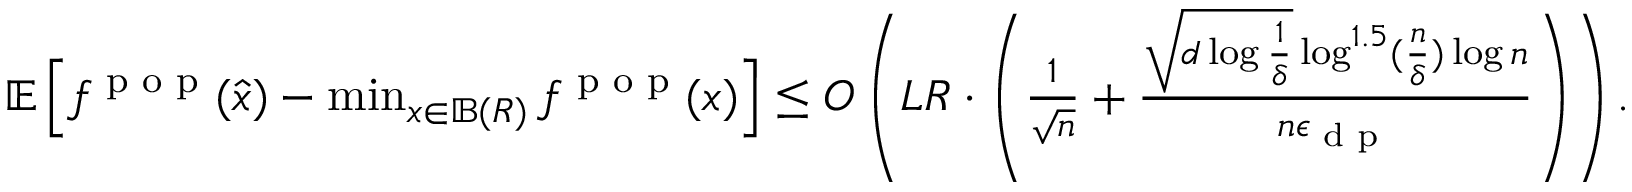
\begin{array} { r } { \mathbb { E } \left[ f ^ { \textup { p o p } } ( \widehat { x } ) - \operatorname* { m i n } _ { x \in \mathbb { B } ( R ) } f ^ { \textup { p o p } } ( x ) \right] \le O \left( L R \cdot \left( \frac { 1 } { \sqrt { n } } + \frac { \sqrt { d \log \frac 1 \delta } \log ^ { 1 . 5 } ( \frac n \delta ) \log n } { n \epsilon _ { \textup { d p } } } \right) \right) . } \end{array}